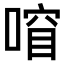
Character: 𫫍